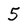
Character: 5